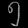
Digit: ၅